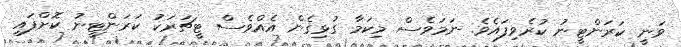
ވަނީ ކަރަންޓީނު ކުރެވިފައެވެ. ނަމަވެސް މިކަމާ ގުޅިގެން އެއްވެސް ޓީޗަރަކު ކަރަންޓީނު ކޮށްފައި